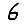
Digit: 6